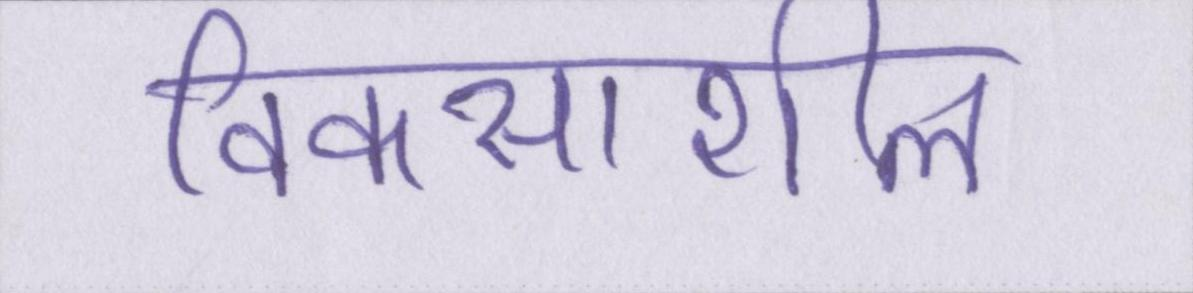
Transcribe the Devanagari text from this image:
विकसाशील